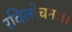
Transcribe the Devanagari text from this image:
रविलोचनः।।